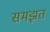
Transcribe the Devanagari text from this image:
समझत